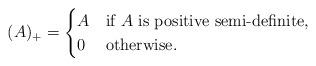
LaTeX: \begin{align*} (A)_+ = \begin{cases} A & \textup{if $A$ is positive semi-definite,} \\ 0 & \textup{otherwise.} \end{cases}\end{align*}